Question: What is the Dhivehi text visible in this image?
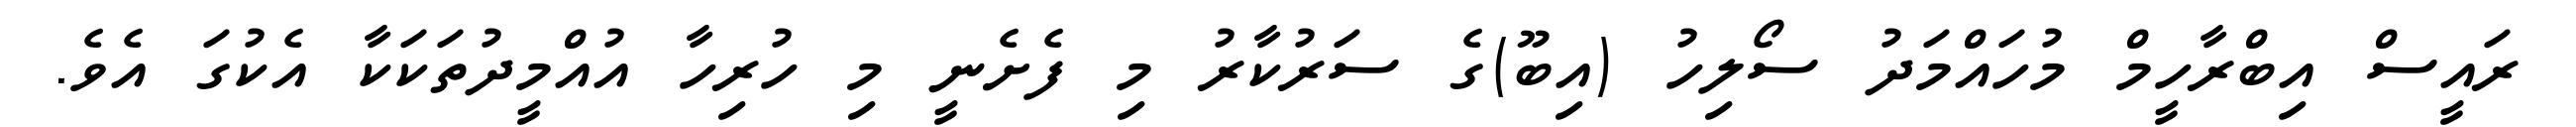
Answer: ރައީސް އިބްރާހީމް މުހައްމަދު ސޯލިހު (އިބޫ)ގެ ސަރުކާރު މި ފެށެނީ މި ހުރިހާ އުއްމީދުތަކަކާ އެކުގަ އެވެ.